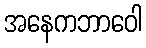
အနေကဘာဝေါ